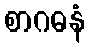
စာဂဓနံ